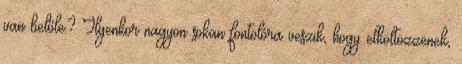
van belőle? Ilyenkor nagyon sokan fontolóra veszik, hogy elköltözzenek,